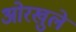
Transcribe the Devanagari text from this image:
ओरखुले